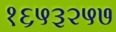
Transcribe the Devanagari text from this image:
१६५३२५७